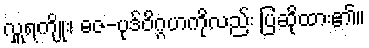
လှူရကျိုး၊ ဓဇ-ပုဒ်ဝိဂ္ဂဟကိုလည်း ပြဆိုထား၏။